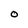
Character: 0